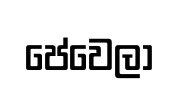
පේවෙලා